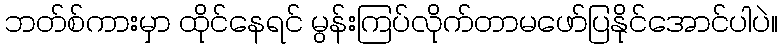
ဘတ်စ်ကားမှာ ထိုင်နေရင် မွန်းကြပ်လိုက်တာမဖော်ပြနိုင်အောင်ပါပဲ။